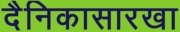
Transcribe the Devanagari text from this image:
दैनिकासारखा